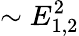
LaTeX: \sim E_{1,2}^{2}